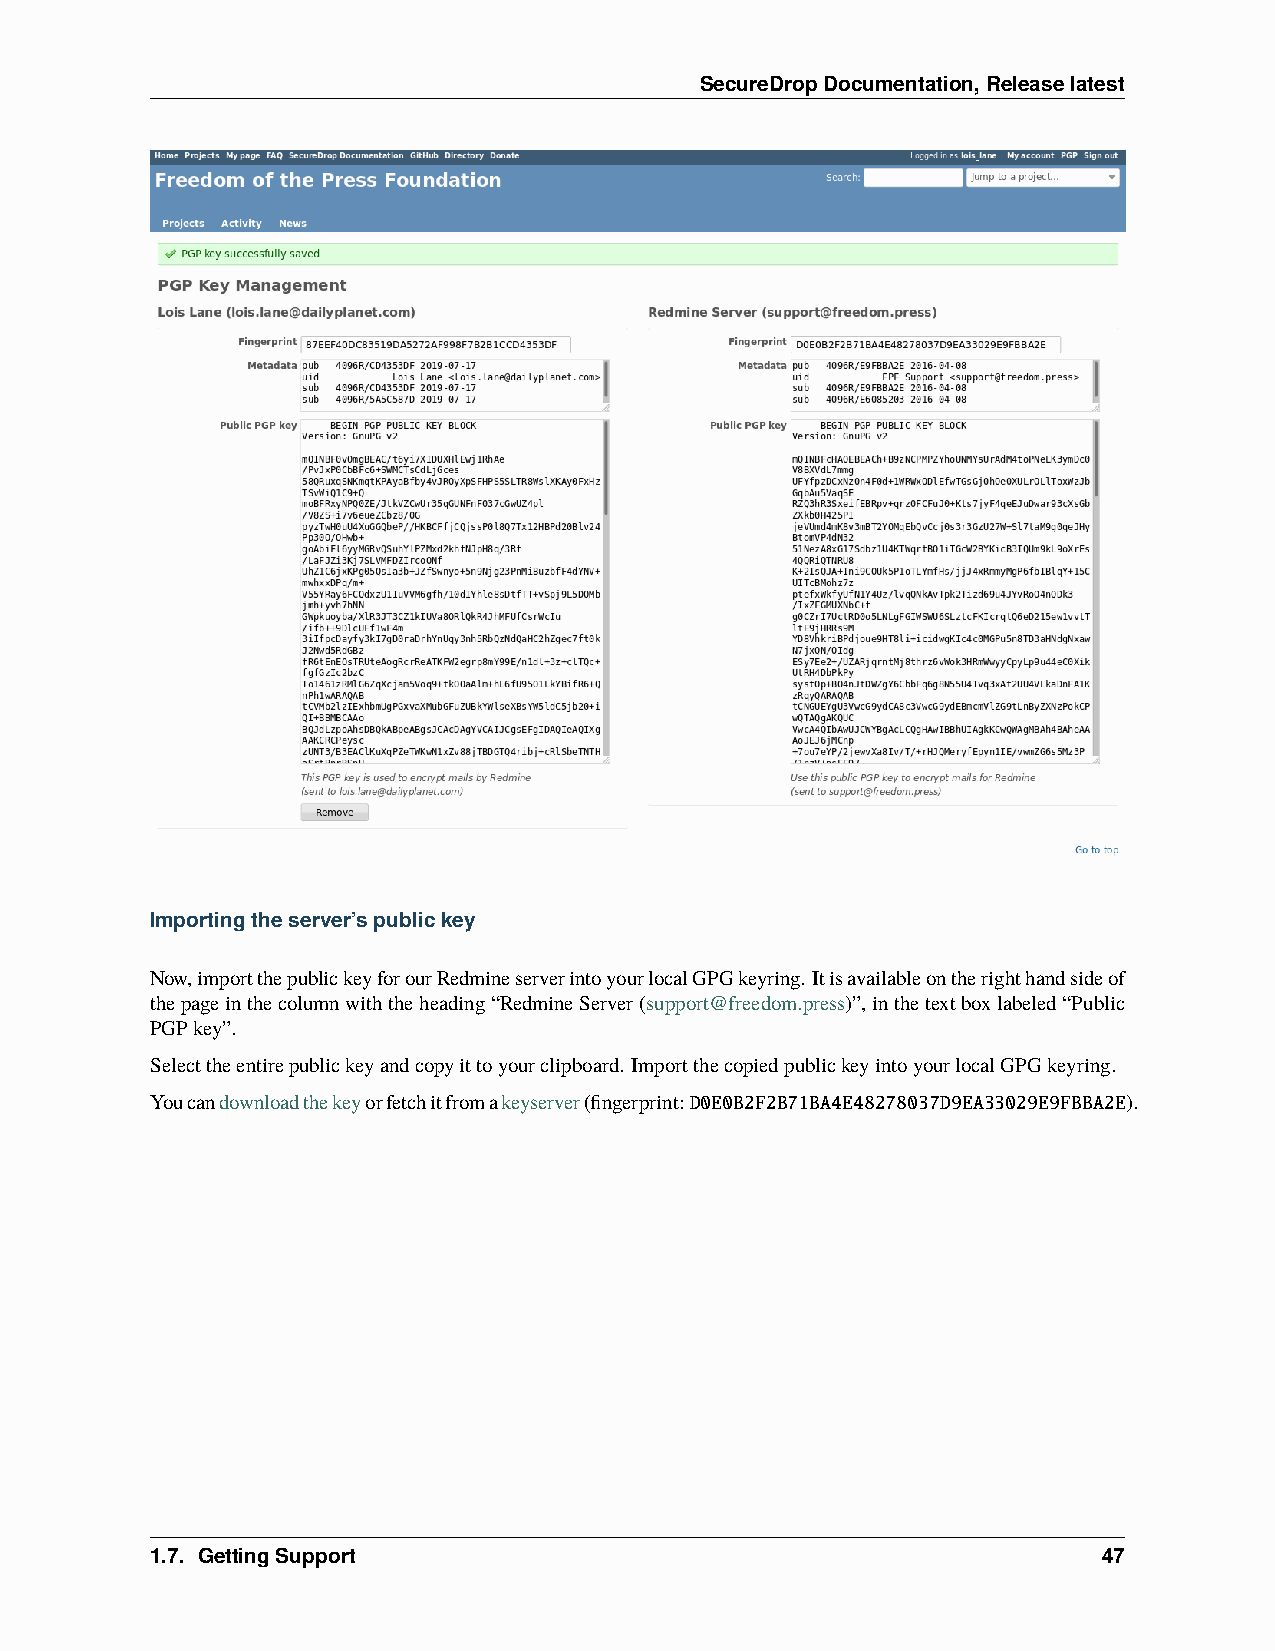
SecureDropDocumentation,Releaselatest
 Importingtheserver’spublickey
 Now,importthepublickeyforourRedmineserverintoyourlocalGPGkeyring. Itisavailableontherighthandsideof
 thepageinthecolumnwiththeheading“RedmineServer(support@freedom.press)”,inthetextboxlabeled“Public
 PGPkey”.
 Selecttheentirepublickeyandcopyittoyourclipboard. ImportthecopiedpublickeyintoyourlocalGPGkeyring.
 Youcandownloadthekeyorfetchitfromakeyserver(fingerprint:D0E0B2F2B71BA4E48278037D9EA33029E9FBBA2E).
 1.7. GettingSupport                                            47